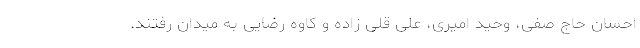
احسان حاج صفی، وحید امیری، علی قلی زاده و کاوه رضایی به میدان رفتند.